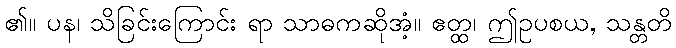
၏။ ပန၊ သိခြင်းကြောင်း ရာ သာဓကဆိုအံ့။ ဧတ္ထ၊ ဤဥပစယ, သန္တတိ